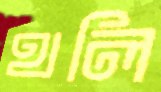
থলি